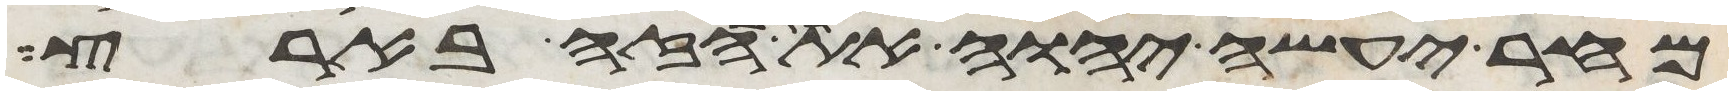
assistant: מחר יעשה יהוה את הדבר הזה בארץ